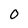
Character: 0